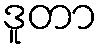
ဒူတာ